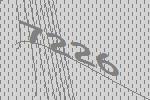
7226